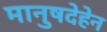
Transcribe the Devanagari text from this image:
मानुषदेहेन